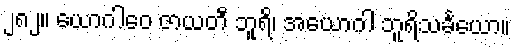
၂၈၂။ ယောဂါဝေ ဇာယတီ ဘူရိ၊ အယောဂါ ဘူရိသင်္ခယော။